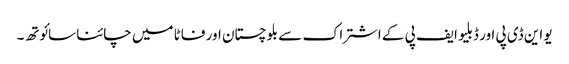
یو این ڈی پی اور ڈبلیو ایف پی کے اشتراک سے بلوچستان اور فاٹا میں چائنا سائوتھ۔